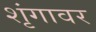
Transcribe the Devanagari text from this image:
शृंगावर